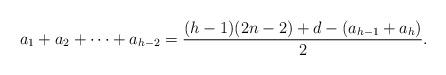
LaTeX: \begin{align*}a_1+a_2+\dots+a_{h-2} = \frac{(h-1)(2n-2)+d-(a_{h-1}+a_h)}{2}.\end{align*}